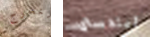
لنخرج ليندساي